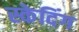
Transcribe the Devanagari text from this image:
स्केदिंग